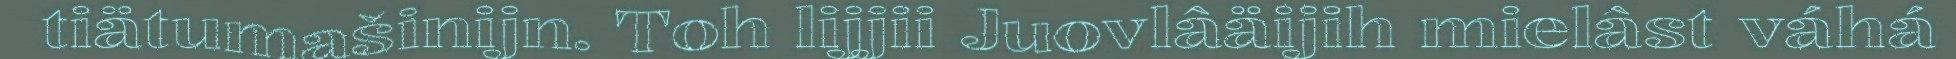
tiätumašinijn. Toh lijjii Juovlâäijih mielâst váhá